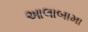
આલાબામા